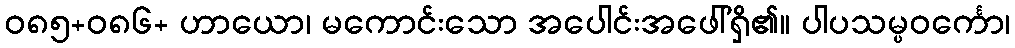
ဝ၈၅+၀၈၆+ ဟာယော၊ မကောင်းသော အပေါင်းအဖေါ်ရှိ၏။ ပါပသမ္ပဝင်္ကော၊